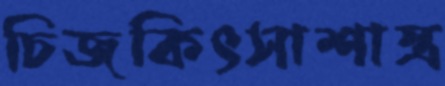
চিজকিৎসাশাস্ত্র